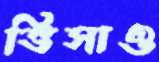
ভিসাও